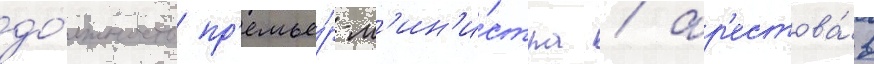
до́лжность пр'емье́р-м'ин'и́стра / ар'естова́в